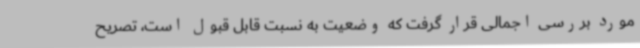
مورد بررسی اجمالی قرار گرفت که وضعیت به نسبت قابل قبول است، تصریح